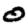
Digit: 0